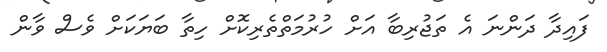
ފައިދާ ދަންނަ އެ ތަޖުރިބާ އަށް ހުރުމަތްތެރިކޮށް ހިތާ ބަޔަކަށް ވެސް ވާން